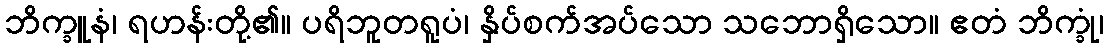
ဘိက္ခူနံ၊ ရဟန်းတို့၏။ ပရိဘူတရူပံ၊ နှိပ်စက်အပ်သော သဘောရှိသော။ ဧတံ ဘိက္ခုံ၊